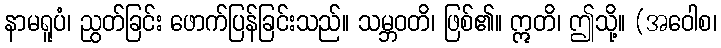
နာမရူပံ၊ ညွတ်ခြင်း ဖောက်ပြန်ခြင်းသည်။ သမ္ဘဝတိ၊ ဖြစ်၏။ ဣတိ၊ ဤသို့။ (အဝေါစ၊